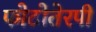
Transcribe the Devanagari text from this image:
फोटोतेरपी